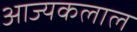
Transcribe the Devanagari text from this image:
आज्यकलाल